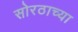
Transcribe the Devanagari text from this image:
सोरठाच्या